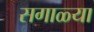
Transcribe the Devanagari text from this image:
सगाळ्या